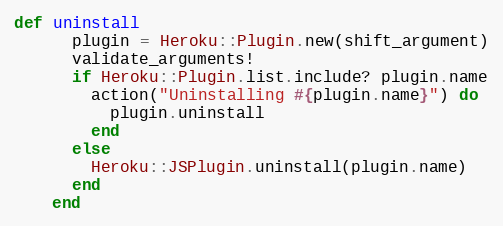
Language: Ruby
def uninstall
      plugin = Heroku::Plugin.new(shift_argument)
      validate_arguments!
      if Heroku::Plugin.list.include? plugin.name
        action("Uninstalling #{plugin.name}") do
          plugin.uninstall
        end
      else
        Heroku::JSPlugin.uninstall(plugin.name)
      end
    end